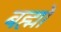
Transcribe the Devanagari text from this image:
बह्मो